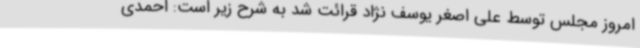
امروز مجلس توسط علی اصغر یوسف نژاد قرائت شد به شرح زیر است: احمدی